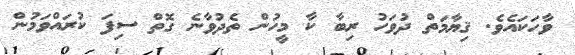
ވާހަކައެވެ. ޤިޔާމަތް ދުވަހު ރިބާ ކާ މީހުން ތެދުވާނެ ގޮތް ސިފަ ކުރައްވަމުން